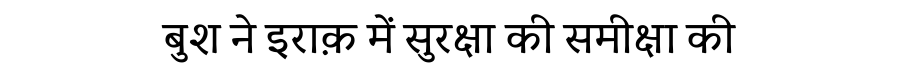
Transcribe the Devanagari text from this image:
बुश ने इराक़ में सुरक्षा की समीक्षा की